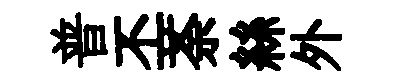
普丕荼絲外